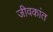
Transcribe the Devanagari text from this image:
जीवकांत